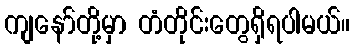
ကျနော်တို့မှာ တံတိုင်းတွေရှိရပါမယ်။